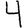
Digit: 4